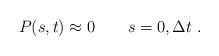
\begin{align*}P(s,t) \approx 0 \qquad s = 0, {\Delta t} \; .\end{align*}